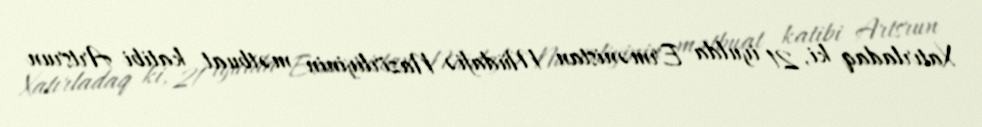
Xatırladaq ki, 21 iyulda Ermənistan Müdafiə Nazirliyinin mətbuat katibi Artsrun